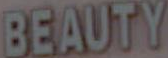
BEAUTY